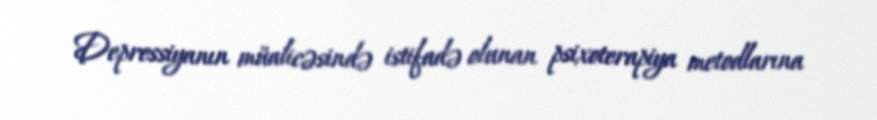
Depressiyanın müalicəsində istifadə olunan psixoterapiya metodlarına